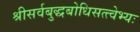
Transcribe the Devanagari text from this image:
श्रीसर्वबुद्धबोधिसत्त्वेभ्यः